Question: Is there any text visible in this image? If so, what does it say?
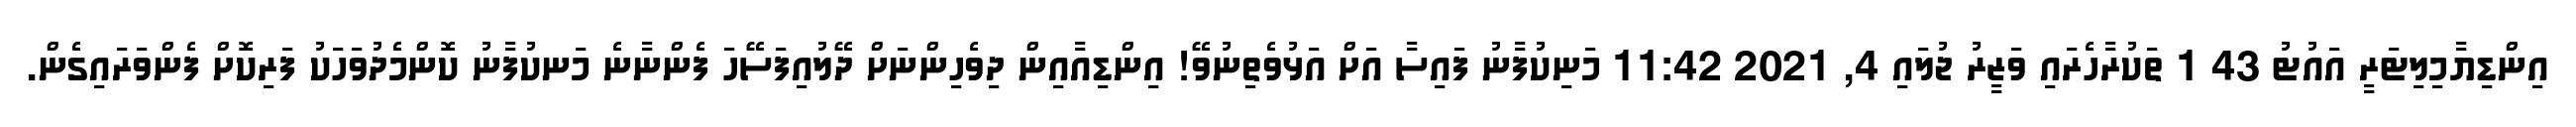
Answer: އިންޑިޔާމިލިޓަރީ އައުޓު 43 1 ތަކުރާހެރައި ވަޒީރު ޖުލައި 4, 2021 11:42 މަނިކުފާނު ފައިސާ އަށް އަޅުވެތިނުވޭ! އިންޑިއާއިން ދިވެހިންނަށް ދޭލުއިފަސޭހަ ފެންނާނެ މަނކުފާނު ކޮންމެދުވަހަކު ފަރިކޮށް ފެންވަރައިގެން.